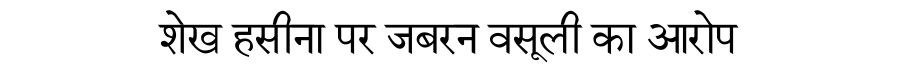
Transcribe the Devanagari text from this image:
शेख हसीना पर जबरन वसूली का आरोप